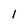
Character: 1